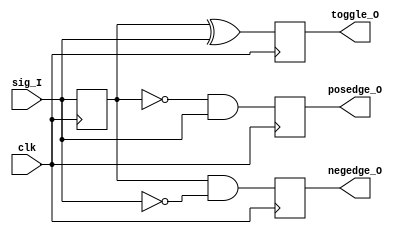
module pulse_gen (
  clk,
  sig_I,
  toggle_O,
  posedge_O,
  negedge_O
);

  parameter NUM = 1;

  input                clk;
  input      [NUM-1:0] sig_I;
  output reg [NUM-1:0] toggle_O;
  output reg [NUM-1:0] posedge_O;
  output reg [NUM-1:0] negedge_O;

  reg [NUM-1:0] prev;

  always @(posedge clk)
  begin
    prev <= sig_I;
    toggle_O <= prev ^ sig_I;
    posedge_O <= ~prev & sig_I;
    negedge_O <= prev & ~sig_I;
  end

endmodule